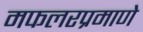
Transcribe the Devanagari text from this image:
मफलरप्रमाणे